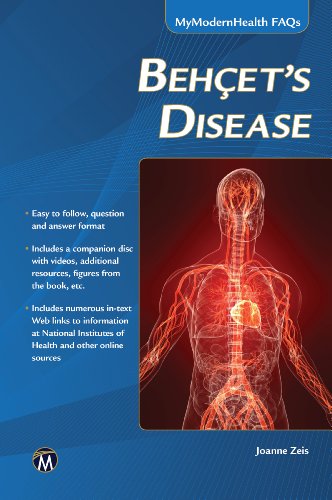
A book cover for Behcet's Disease (MyModernHealth FAQs); Joanne Zeis; Health, Fitness & Dieting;